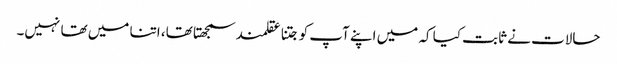
حالات نے ثابت کیا کہ میں اپنے آپ کو جتنا عقلمند سمجھتا تھا، اتنا میں تھا نہیں۔